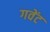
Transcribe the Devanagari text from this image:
गवेंट